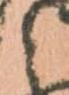
と